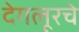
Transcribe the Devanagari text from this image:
देगलूरचे